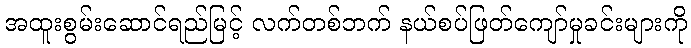
အထူးစွမ်းဆောင်ရည်မြင့် လက်တစ်ဘက် နယ်စပ်ဖြတ်ကျော်မှုခင်းများကို